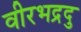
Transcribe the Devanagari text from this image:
वीरभद्रदु